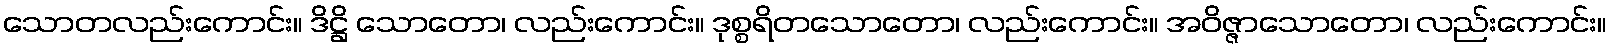
သောတလည်းကောင်း။ ဒိဋ္ဌိ သောတော၊ လည်းကောင်း။ ဒုစ္စရိတသောတော၊ လည်းကောင်း။ အဝိဇ္ဇာသောတော၊ လည်းကောင်း။